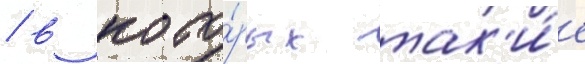
/ в кото́рых так'и́е